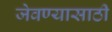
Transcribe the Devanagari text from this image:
जेवण्यासाठी